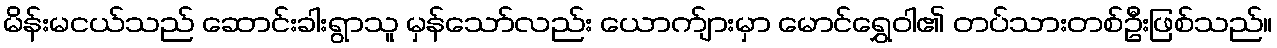
မိန်းမငယ်သည် ဆောင်းခါးရွာသူ မှန်သော်လည်း ယောက်ျားမှာ မောင်ရွှေဝါ၏ တပ်သားတစ်ဦးဖြစ်သည်။